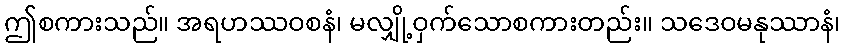
ဤစကားသည်။ အရဟဿဝစနံ၊ မလျှို့ဝှက်သောစကားတည်း။ သဒေဝမနုဿာနံ၊